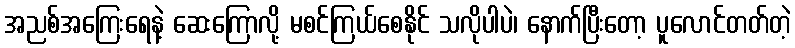
အညစ်အကြေးရေနဲ့ ဆေးကြောလို့ မစင်ကြယ်စေနိုင် သလိုပါပဲ၊ နောက်ပြီးတော့ ပူလောင်တတ်တဲ့